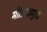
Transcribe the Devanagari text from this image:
मीडियामुळे